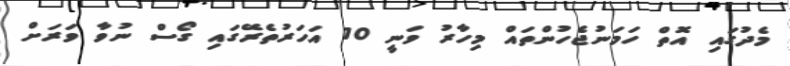
މެދުގައި އޮތް ހަމަނުޖެހުންތައް މިހާރު ވަނީ 10 އަހަރުތެރޭގައި ގޯސް ނުވާ ވަރަށް